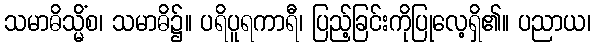
သမာဓိသ္မိံစ၊ သမာဓိ၌။ ပရိပူရကာရီ၊ ပြည့်ခြင်းကိုပြုလေ့ရှိ၏။ ပညာယ၊